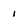
Character: 1